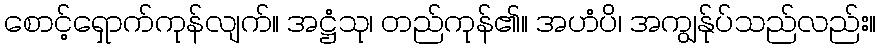
စောင့်ရှောက်ကုန်လျက်။ အဋ္ဌံသု၊ တည်ကုန်၏။ အဟံပိ၊ အကျွန်ုပ်သည်လည်း။